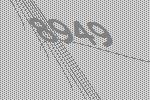
8949